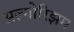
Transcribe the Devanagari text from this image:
अल्गोरिझम